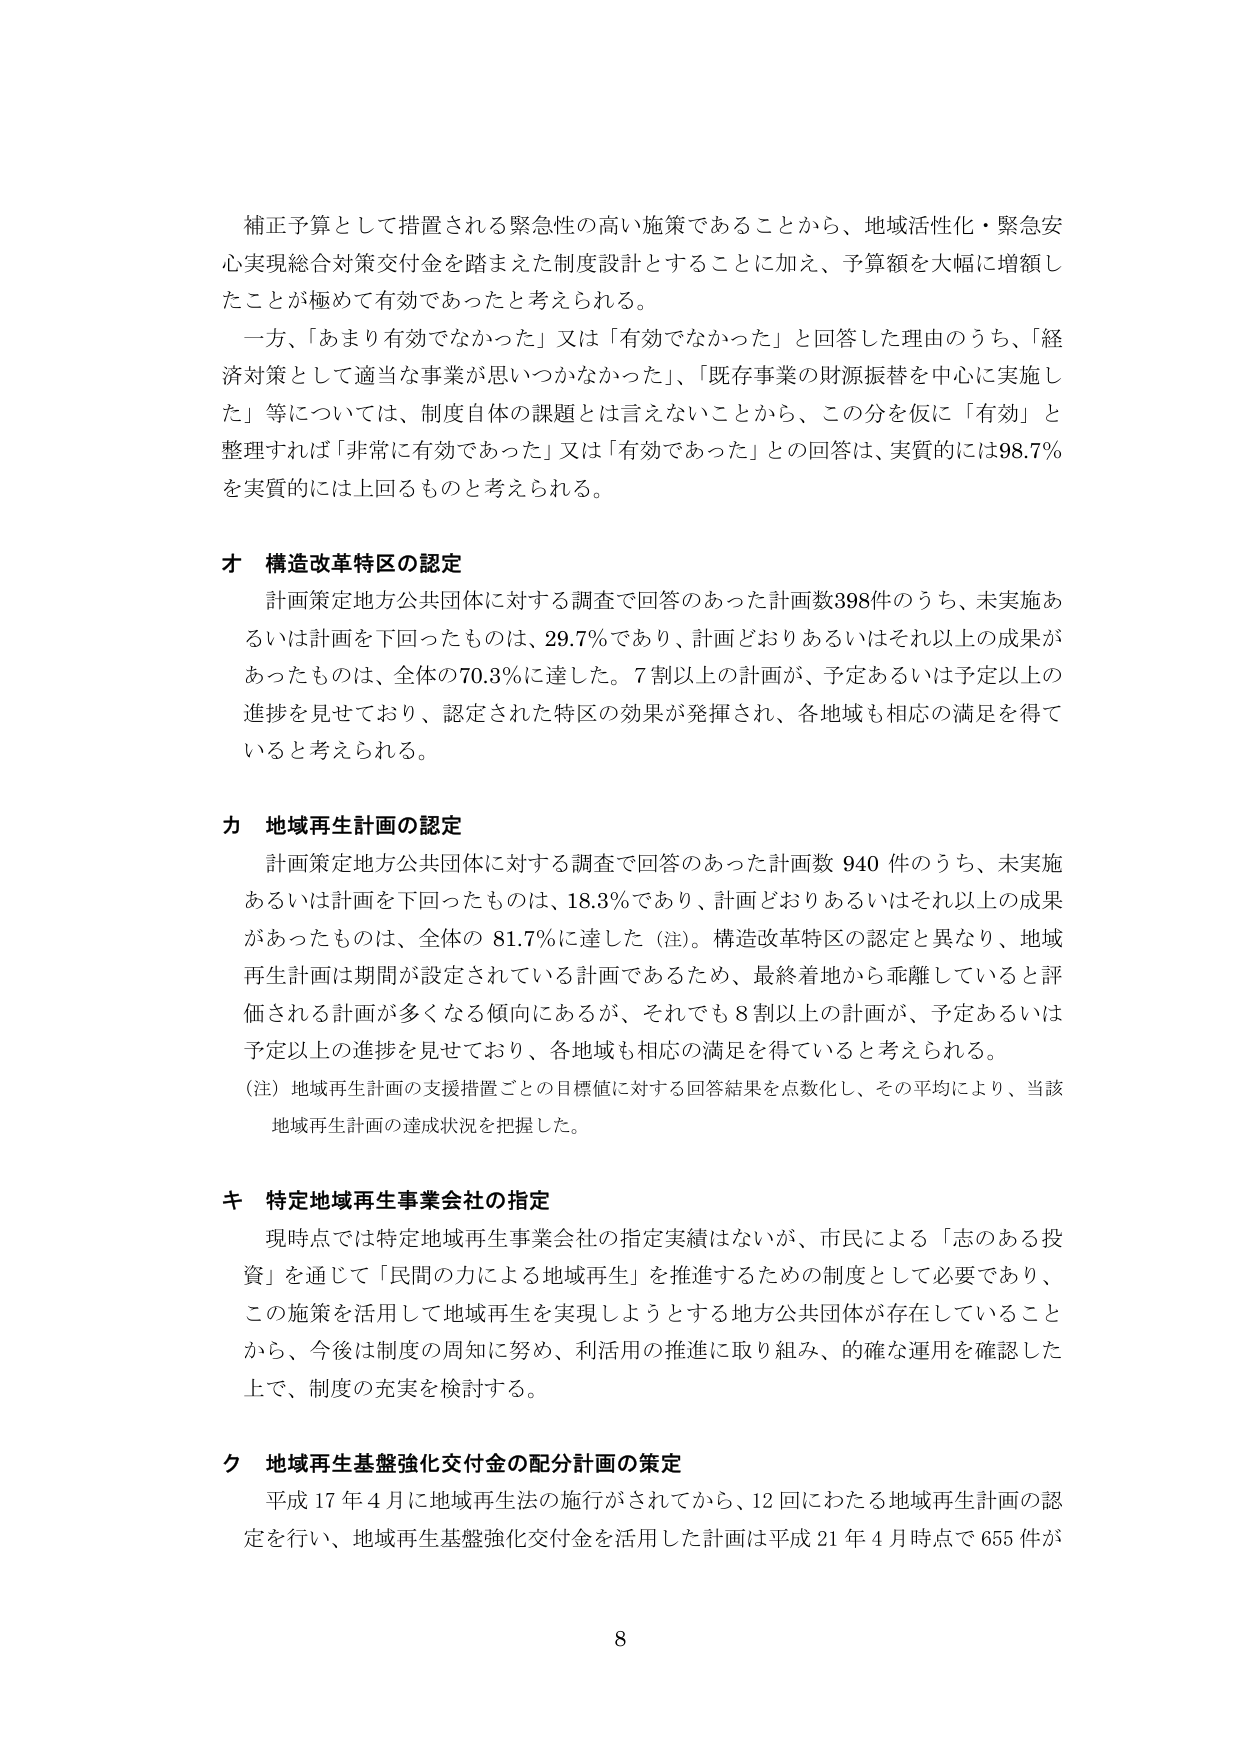
補正予算として措置される緊急性の高い施策であることから、地域活性化・緊急安心実現総合対策交付金を踏まえた制度設計とすることに加え、予算額を大幅に増額したことが極めて有効であったと考えられる。

一方、「あまり有効でなかった」又は「有効でなかった」と回答した理由のうち、「経済対策として適当な事業が思いつかなかった」、「既存事業の財源振替を中心に実施した」等については、制度自体の課題とは言えないことから、この分を仮に「有効」と整理すれば「非常に有効であった」又は「有効であった」との回答は、実質的には98.7％を実質的には上回るものと考えられる。

オ 構造改革特区の認定
計画策定地方公共団体に対する調査で回答のあった計画数398件のうち、未実施あるいは計画を下回ったものは、29.7％であり、計画どおりあるいはそれ以上の成果があったものは、全体の70.3％に達した。7割以上の計画が、予定あるいは予定以上の進捗を見せており、認定された特区の効果が発揮され、各地域も相応の満足を得ていると考えられる。

カ 地域再生計画の認定
計画策定地方公共団体に対する調査で回答のあった計画数 940 件のうち、未実施あるいは計画を下回ったものは、18.3％であり、計画どおりあるいはそれ以上の成果があったものは、全体の 81.7％に達した（注）。構造改革特区の認定と異なり、地域再生計画は期間が設定されている計画であるため、最終着地から乖離していると評価される計画が多くなる傾向にあるが、それでも 8 割以上の計画が、予定あるいは予定以上の進捗を見せており、各地域も相応の満足を得ていると考えられる。
（注）地域再生計画の支援措置ごとの目標値に対する回答結果を点数化し、その平均により、当該地域再生計画の達成状況を把握した。

キ 特定地域再生事業会社の指定
現時点では特定地域再生事業会社の指定実績はないが、市民による「志のある投資」を通じて「民間の力による地域再生」を推進するための制度として必要であり、この施策を活用して地域再生を実現しようとする地方公共団体が存在していることから、今後は制度の周知に努め、利活用の推進に取り組み、的確な運用を確認した上で、制度の充実を検討する。

ク 地域再生基盤強化交付金の配分計画の策定
平成 17 年 4 月に地域再生法の施行がされてから、12 回にわたる地域再生計画の認定を行い、地域再生基盤強化交付金を活用した計画は平成 21 年 4 月時点で 655 件が

8